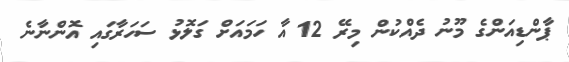
ޕާންޑިއަންގެ މޫނު ދެއްކުން މިރޭ 12 އާ ހަމައަށް ގަލޮޅު ސަހަރާގައި އޮންނާނެ